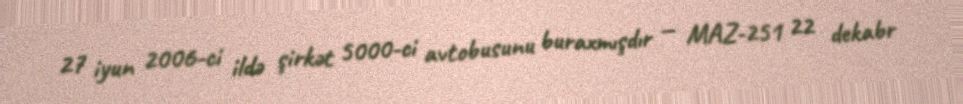
27 iyun 2006-ci ildə şirkət 5000-ci avtobusunu buraxmışdır — MAZ-251 22 dekabr